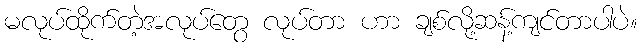
မလုပ်ထိုက်တဲ့အလုပ်တွေ လုပ်တာ ဟာ ချစ်လို့ဆန့်ကျင်တာပါပဲ။